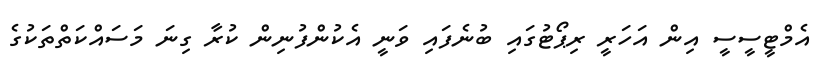
އެމްޓީސީސީ އިން އަހަރީ ރިޕޯޓުގައި ބުނެފައި ވަނީ އެކުންފުނިން ކުރާ ގިނަ މަސައްކަތްތަކުގެ